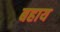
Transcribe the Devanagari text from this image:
बहाय